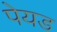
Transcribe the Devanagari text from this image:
पेयड